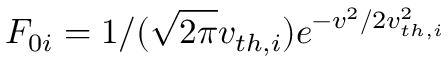
F _ { 0 i } = 1 / ( \sqrt { 2 \pi } v _ { t h , i } ) e ^ { - v ^ { 2 } / 2 v _ { t h , i } ^ { 2 } }